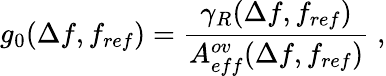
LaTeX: g_{0}(\Delta f,f_{ref})=\frac{\gamma_{R}(\Delta f,f_{ref})}{A_{eff}^{ov}(\Delta f,f_{ref})}\; ,